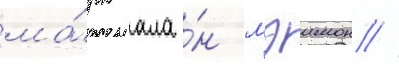
ма́рк ала́н мэимон /